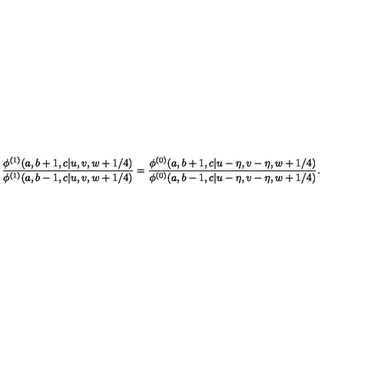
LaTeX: \displaystyle { \frac { \phi ^ { ( 1 ) } ( a , b + 1 , c | u , v , w + 1 / 4 ) } { \phi ^ { ( 1 ) } ( a , b - 1 , c | u , v , w + 1 / 4 ) } } = \displaystyle { \frac { \phi ^ { ( 0 ) } ( a , b + 1 , c | u - \eta , v - \eta , w + 1 / 4 ) } { \phi ^ { ( 0 ) } ( a , b - 1 , c | u - \eta , v - \eta , w + 1 / 4 ) } } .